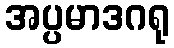
အပ္ပမာဒဂရု